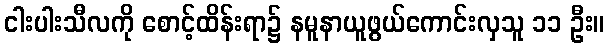
ငါးပါးသီလကို စောင့်ထိန်းရာ၌ နမူနာယူဖွယ်ကောင်းလှသူ ၁၁ ဦး။